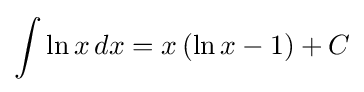
\int \ln x\,dx=x\left(\ln x-1\right)+C